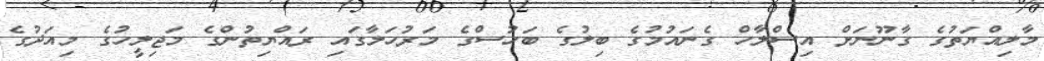
މާލިއްޔަތުގެ ގާނޫނަށް އިސްލާހް ގެނައުމުގެ ބިލުގެ ބަހުސްގެ މަރުހަލާގައި ރައްޔިތުންގެ މަޖިލީހުގެ މިއަދުގެ